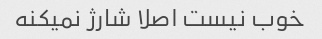
خوب نیست اصلا شارژ نمیکنه